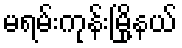
မရမ်းကုန်းမြို့နယ်